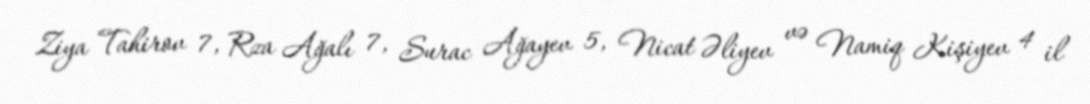
Ziya Tahirov 7, Rza Ağalı 7, Surac Ağayev 5, Nicat Əliyev və Namiq Kişiyev 4 il